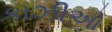
કાઝીઓ